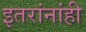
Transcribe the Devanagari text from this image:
इतरांनांही